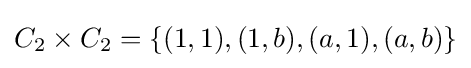
C_{2}\times C_{2}=\{(1,1),(1,b),(a,1),(a,b)\}